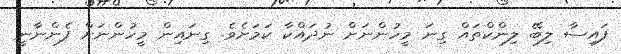
ފައިސާ ލިބޭ ލިންކްތައް ގިނަ މީހުންނަށް ނުދައްކާ ކަމަށެވެ. ގިނައިން މީހުންނަށް ފެންނާނީ